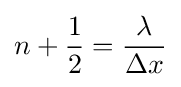
n+{\frac {1}{2}}={\frac {\lambda }{\Delta x}}\,\!